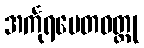
အင်္ကုရပေတဝတ္ထု